画像に写った文字を読んでください
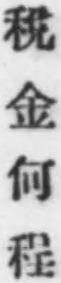
「稅金何程」と書いてあります